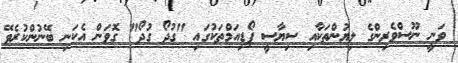
ވަނީ ނޫސްވެރިންގެ ލިޔުންތަކާއި ސިޔާސީ ޕޯޑިއަމްތަކުގައި "ގުދޯ ގުދޯ" ގޮވަން އެކަނި ބޭނުންކުރެވޭ